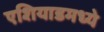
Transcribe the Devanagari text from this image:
एशियाडमध्ये